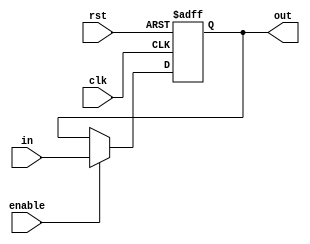
    module bit_23_reg_en (in , clk , rst , enable , out);
input [22:0]in;
input clk;
input rst;
input enable;
output reg [22:0]out;
always@(posedge rst or posedge clk)
begin
    if(rst)
        out <= 23'b 0000_0000_0000_0000_0000_000;
    else if(enable)
        out <= in;
end
endmodule